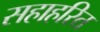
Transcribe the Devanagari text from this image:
सहाहरित